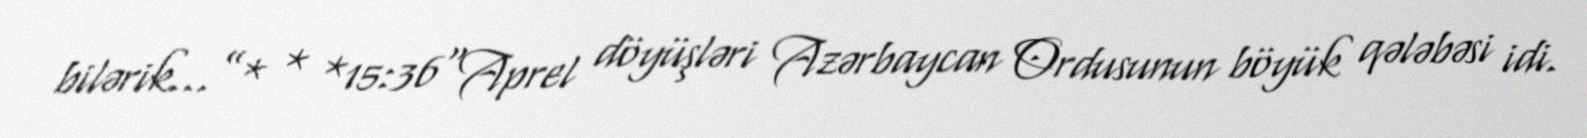
bilərik...”* * *15:36“Aprel döyüşləri Azərbaycan Ordusunun böyük qələbəsi idi.